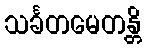
သင်္ခတမေတန္တိ